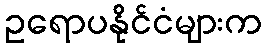
ဥရောပနိုင်ငံများက